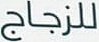
للزجاج